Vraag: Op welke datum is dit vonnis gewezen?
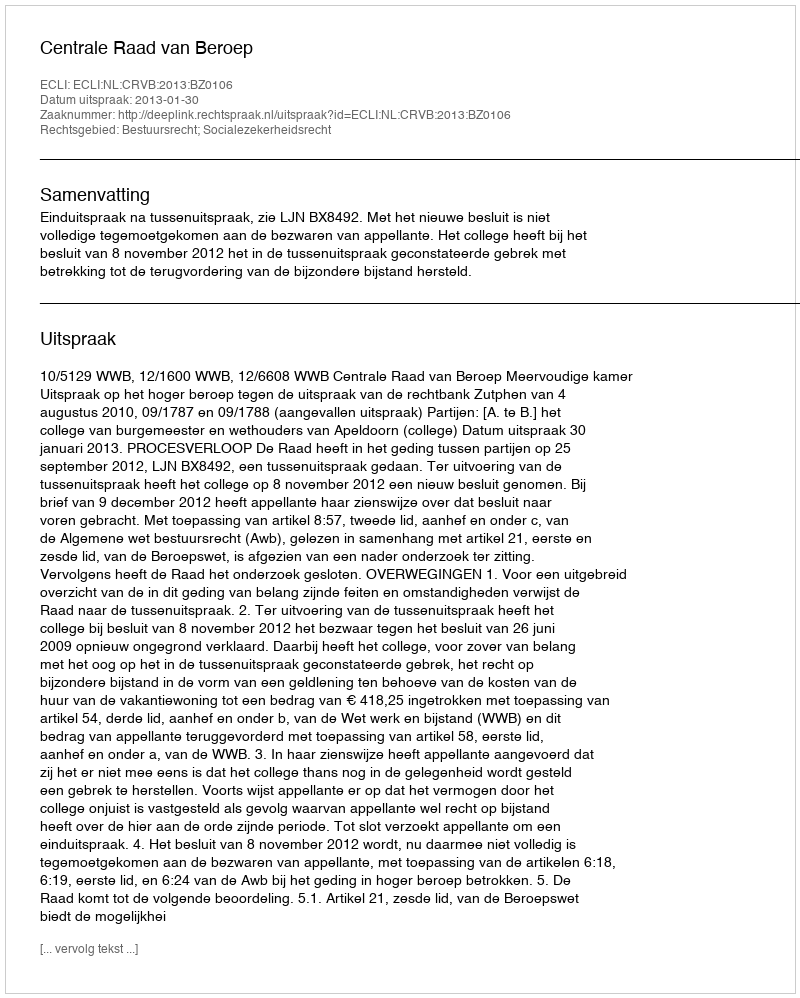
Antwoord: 2013-01-30